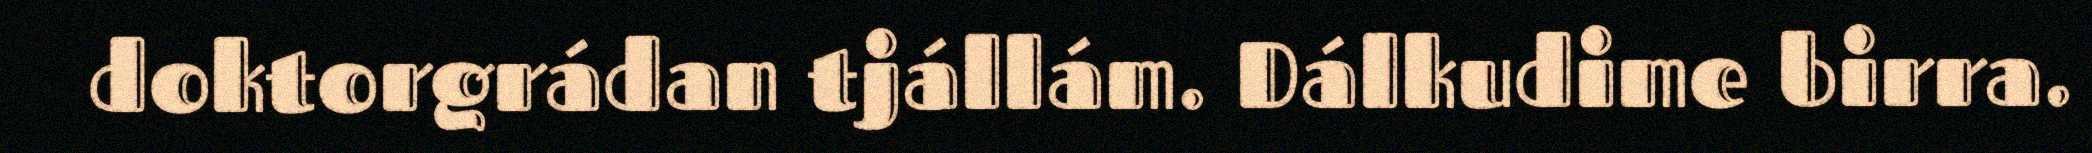
doktorgrádan tjállám. Dálkudime birra.